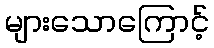
များသောကြောင့်